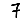
Digit: 7